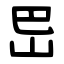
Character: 岊